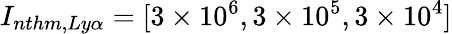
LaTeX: I_{nthm,Ly\alpha}=[3\times 10^{6},3\times 10^{5},3\times 10^{4}]